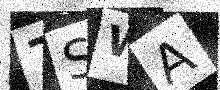
Text: 7SWA